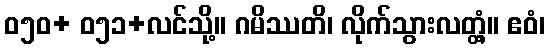
ဝ၅၀+ ဝ၅၁+လင်သို့။ ဂမိဿတိ၊ လိုက်သွားလတ္တံ့။ ဧဝံ၊